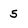
Character: 5